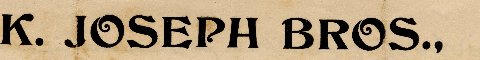
K. JOSEPH BROS.,